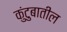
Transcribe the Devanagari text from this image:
कुंटुबातील